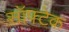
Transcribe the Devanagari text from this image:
सॉफ्टेक